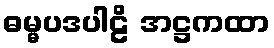
ဓမ္မပဒပါဠိ အဋ္ဌကထာ